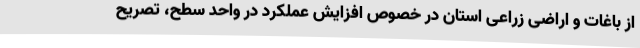
از باغات و اراضی زراعی استان در خصوص افزایش عملکرد در واحد سطح، تصریح